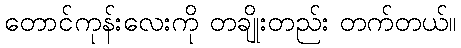
တောင်ကုန်းလေးကို တချိုးတည်း တက်တယ်။